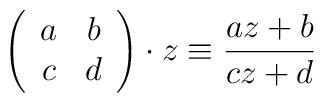
\left(\begin{array}{cc} a & b\\ c & d\\ \end{array}\right)\cdot z\equiv\frac{az+b}{cz+d}